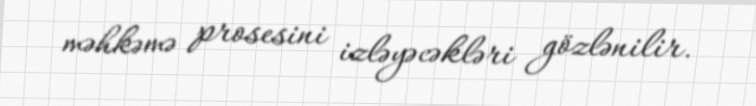
məhkəmə prosesini izləyəcəkləri gözlənilir.